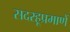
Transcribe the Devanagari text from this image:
सदरहूप्रमाणें